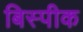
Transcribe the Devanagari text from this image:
बिस्पीक